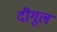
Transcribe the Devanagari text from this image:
दीगूल